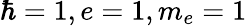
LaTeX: \hbar=1,e=1,m_{e}=1